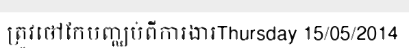
ត្រូវថៅកែបញ្ឈប់ពីការងារThursday 15/05/2014